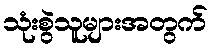
သုံးစွဲသူများအတွက်